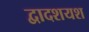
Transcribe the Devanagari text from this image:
द्वादशयश